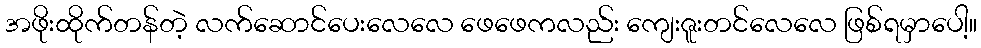
အဖိုးထိုက်တန်တဲ့ လက်ဆောင်ပေးလေလေ ဖေဖေကလည်း ကျေးဇူးတင်လေလေ ဖြစ်ရမှာပေါ့။